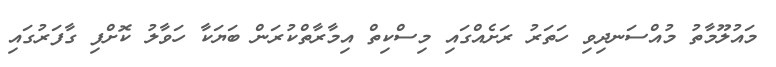
މައުލޫމާތު މުއްސަނދިވި ހަތަރު ރަށެއްގައި މިސްކިތް އިމާރާތްކުރަން ބަޔަކާ ހަވާލު ކޮށްފި ގާފަރުގައި